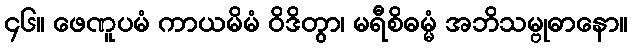
၄၆။ ဖေဏူပမံ ကာယမိမံ ဝိဒိတွာ၊ မရီစိဓမ္မံ အဘိသမ္ဗုဓာနော။